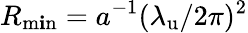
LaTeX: R_{\operatorname*{m\mathbf{i}n}}=a^{-1}({\lambda_{\mathrm{{u}}}}/2\pi)^{2}